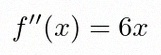
f''(x)=6x